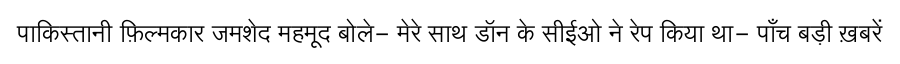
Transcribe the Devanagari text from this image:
पाकिस्तानी फ़िल्मकार जमशेद महमूद बोले- मेरे साथ डॉन के सीईओ ने रेप किया था- पाँच बड़ी ख़बरें